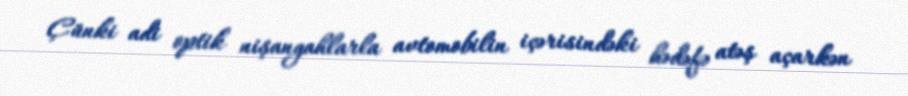
Çünki adi optik nişangahlarla avtomobilin içərisindəki hədəfə atəş açarkən